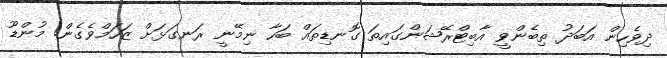
ދިވެހިން އަބަދު ތިބެންވީ އާބިޓްރޭޝަންގައިތަ ގޮނޑިތައް ބަހާ ނިމޭނީ ރަނގަޅަށް ޒަހަމްވެގެން! މުންޑޫ